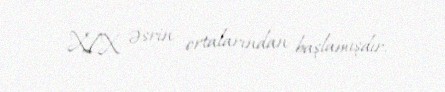
XIX əsrin ortalarından başlamışdır.